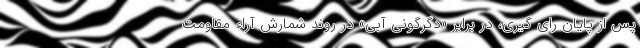
پس از پایان رای گیری، در برابر «دگرگونی آبی» در روند شمارش آراء مقاومت